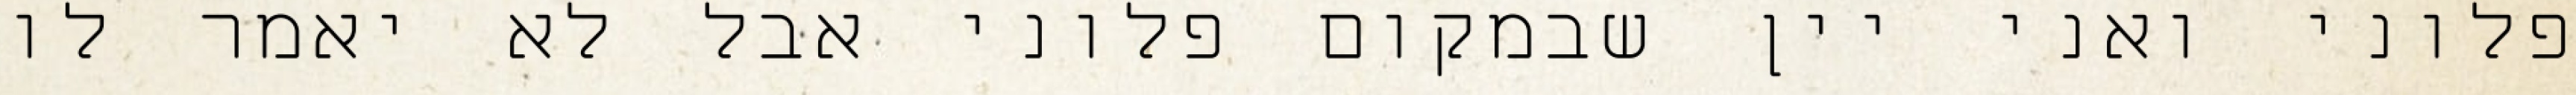
פלוני ואני יין שבמקום פלוני אבל לא יאמר לו